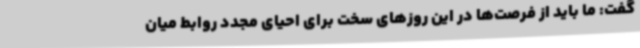
گفت: ما باید از فرصت‌ها در این روزهای سخت برای احیای مجدد روابط میان